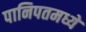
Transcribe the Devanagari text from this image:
पानिपतमध्यें